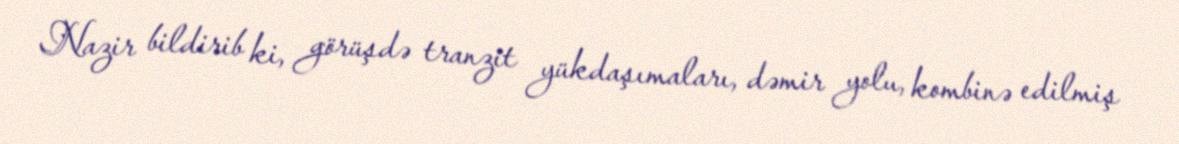
Nazir bildirib ki, görüşdə tranzit yükdaşımaları, dəmir yolu, kombinə edilmiş